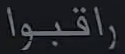
"